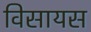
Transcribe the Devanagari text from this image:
विसायस